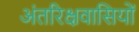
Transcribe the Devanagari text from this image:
अंतरिक्षवासियों